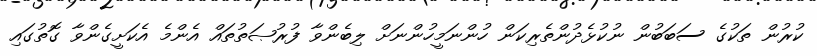
ކުރުން ތަކުގެ ސަބަބުން ނުކުޅެދުންތެރިކަން ހުންނަމީހުންނަށް ލިބެންވާ ފުރުޞަތުތައް އެންމެ އެކަށީގެންވާ ގޮތުގައި